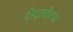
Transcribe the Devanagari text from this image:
शेद्लोक्क